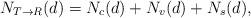
LaTeX: \begin{align*}N_{T\to R}(d)=N_{c}(d)+N_{v}(d)+N_{s}(d),\end{align*}